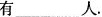
有___人。